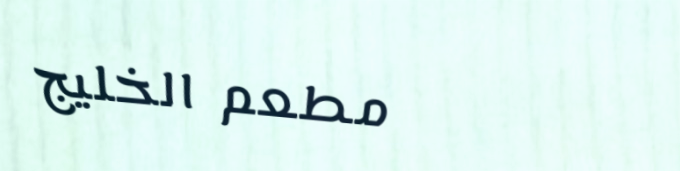
مطعم الخليج